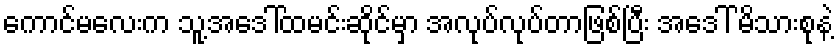
ကောင်မလေးက သူ့အဒေါ်ထမင်းဆိုင်မှာ အလုပ်လုပ်တာဖြစ်ပြီး အဒေါ် မိသားစုနဲ့